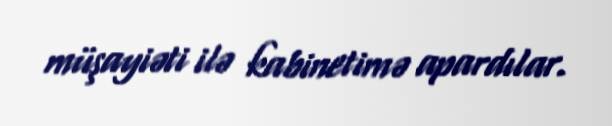
müşayiəti ilə kabinetimə apardılar.